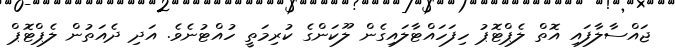
ޖައްސާލާފައި އޮތް ލެޕްޓޮޕު ހިފަހައްޓާލައިގެން ލޫކަންގެ ކުރިމަތީ ހުއްޓުނެވެ. އަދި ދެއަތުން ލެޕްޓޮޕް